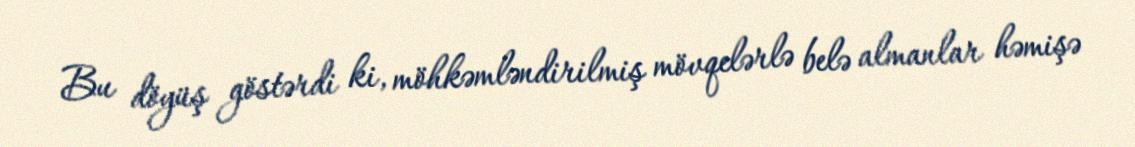
Bu döyüş göstərdi ki, möhkəmləndirilmiş mövqelərlə belə almanlar həmişə